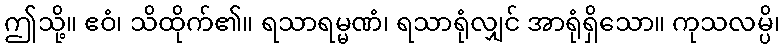
ဤသို့။ ဧဝံ၊ သိထိုက်၏။ ရသာရမ္မဏံ၊ ရသာရုံလျှင် အာရုံရှိသော။ ကုသလမ္ပိ၊